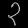
Digit: ၃